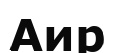
Аир